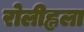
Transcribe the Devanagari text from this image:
रोलीह्लला